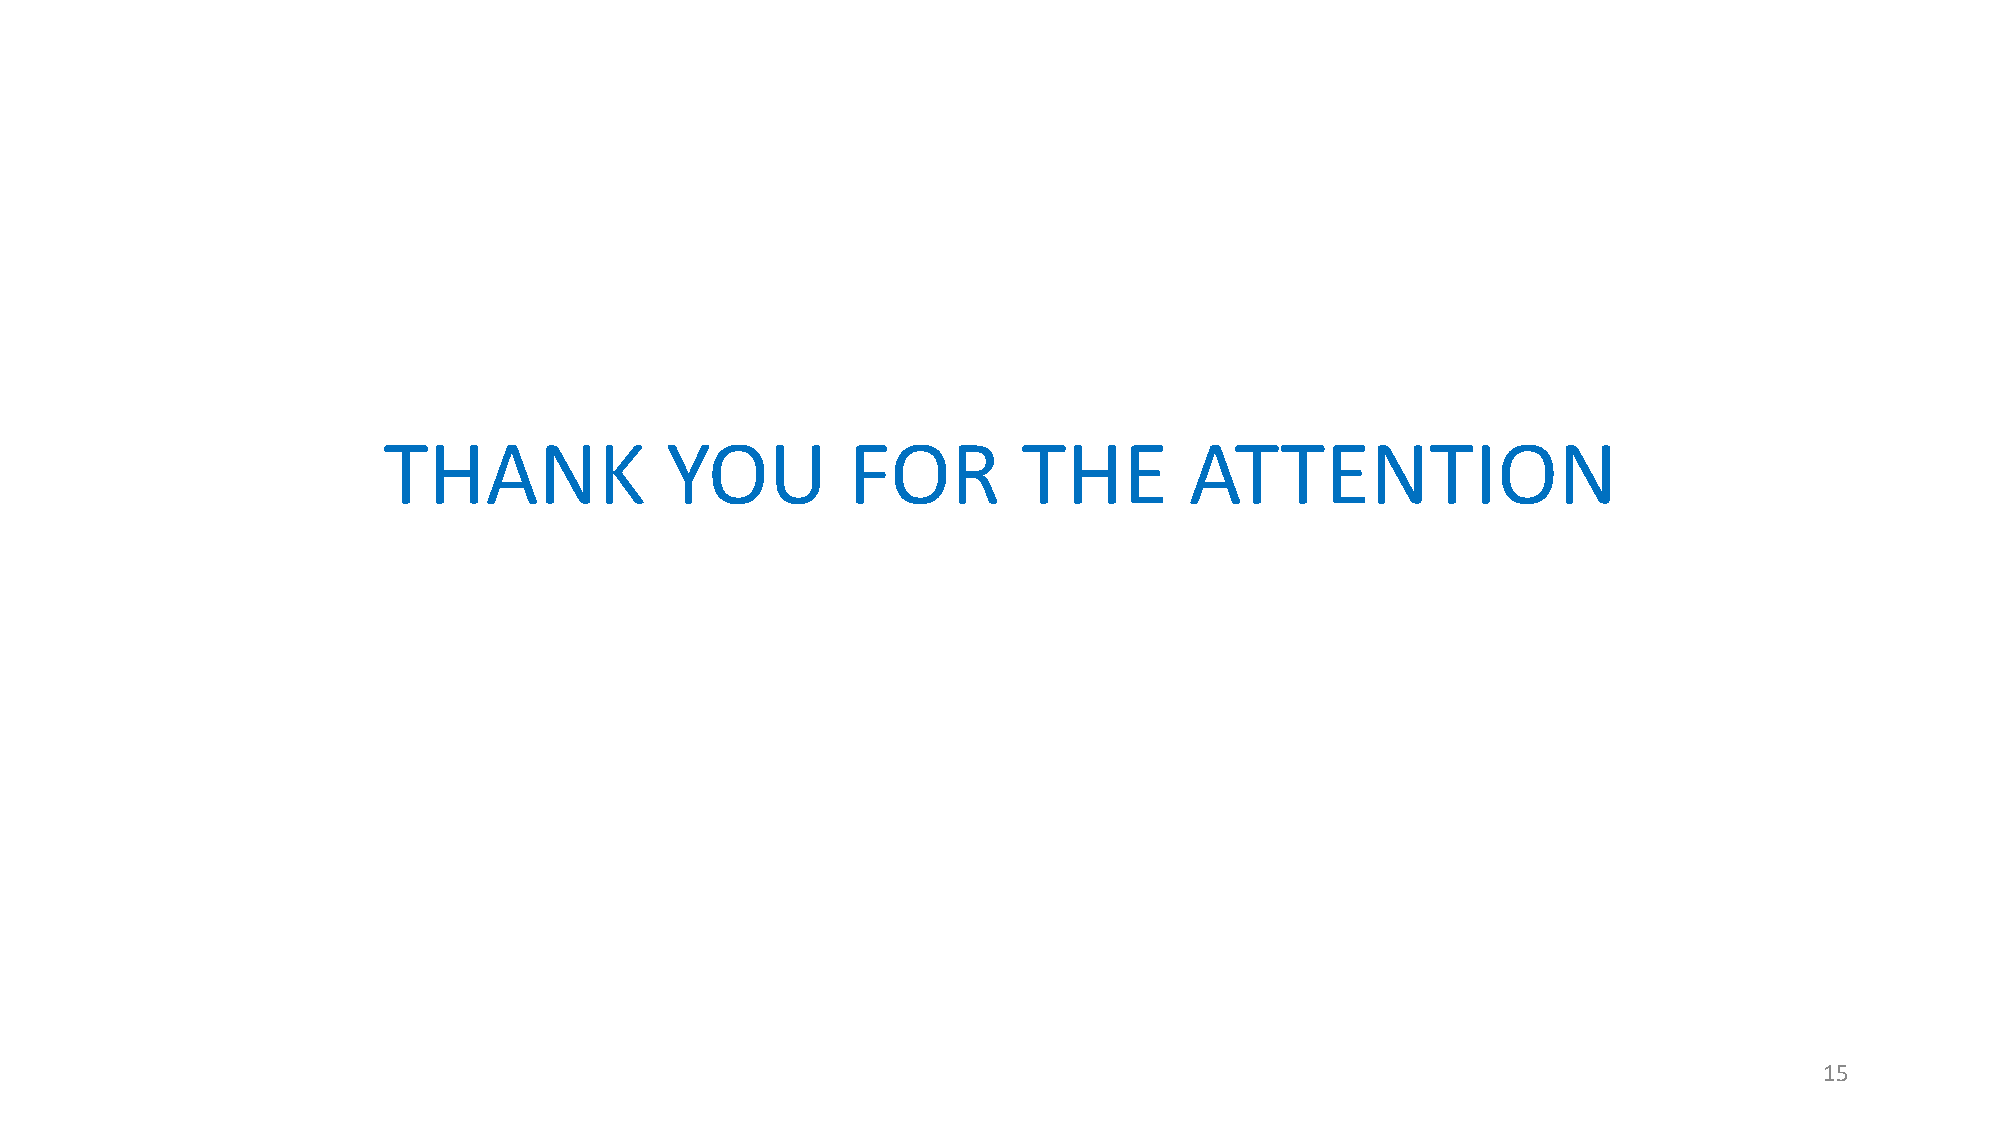
THANK              YOU         FOR         THE        ATTENTION
 15